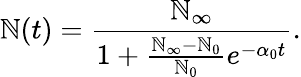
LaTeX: \mathbb{N}(t)=\frac{{\mathbb{N}_{\infty}}}{{1+\frac{{\mathbb{N}_{\infty}-\mathbb{N}_{0}}}{{\mathbb{N}_{0}}}e^{-\alpha_{0}t}}}.